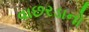
વાછરડાનો